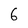
Character: 6